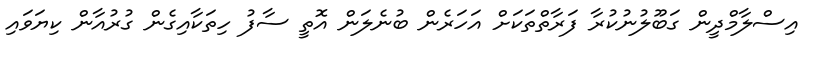
އިސްލާމްދީން ގަބޫލުނުކުރާ ފަރާތްތަކަށް އަހަރެން ބުނެލަން އޮތީ ސާފު ހިތަކާއިގެން ގުރުއާން ކިޔަވައި